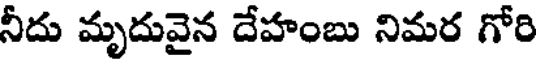
నీదు మృదువైన దేహంబు నిమర గోరి